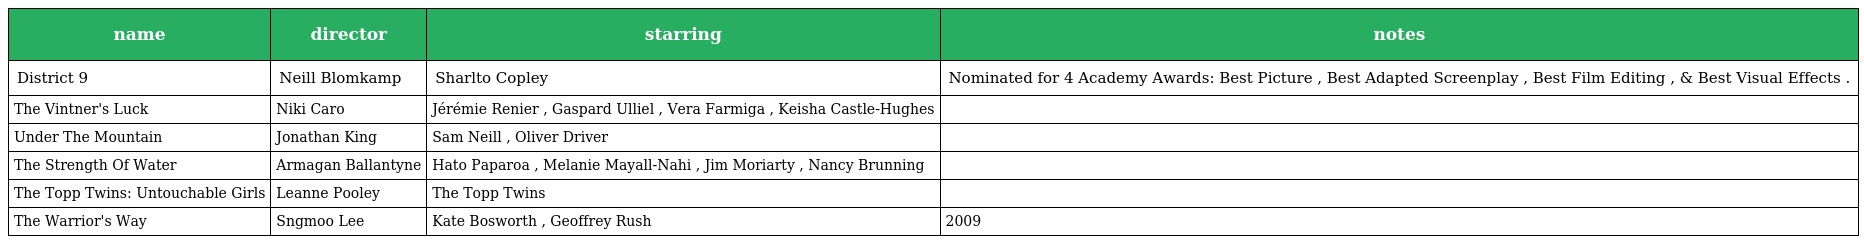
| name | director | starring | notes |
 | --- | --- | --- | --- |
 | District 9 | Neill Blomkamp | Sharlto Copley | Nominated for 4 Academy Awards: Best Picture , Best Adapted Screenplay , Best Film Editing , & Best Visual Effects . |
 | The Vintner's Luck | Niki Caro | Jérémie Renier , Gaspard Ulliel , Vera Farmiga , Keisha Castle-Hughes |  |
 | Under The Mountain | Jonathan King | Sam Neill , Oliver Driver |  |
 | The Strength Of Water | Armagan Ballantyne | Hato Paparoa , Melanie Mayall-Nahi , Jim Moriarty , Nancy Brunning |  |
 | The Topp Twins: Untouchable Girls | Leanne Pooley | The Topp Twins |  |
 | The Warrior's Way | Sngmoo Lee | Kate Bosworth , Geoffrey Rush | 2009 |